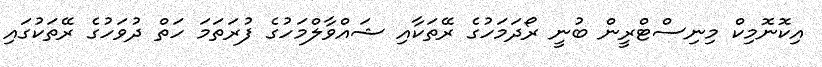
އިކޮނޮމިކް މިނިސްޓްރީން ބުނީ ރޯދަމަހުގެ ރޭތަކާއި ޝައްވާލްމަހުގެ ފުރަތަމަ ހަތް ދުވަހުގެ ރޭތަކުގައި